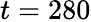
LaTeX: t=280